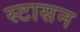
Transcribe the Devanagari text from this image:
स्टासन